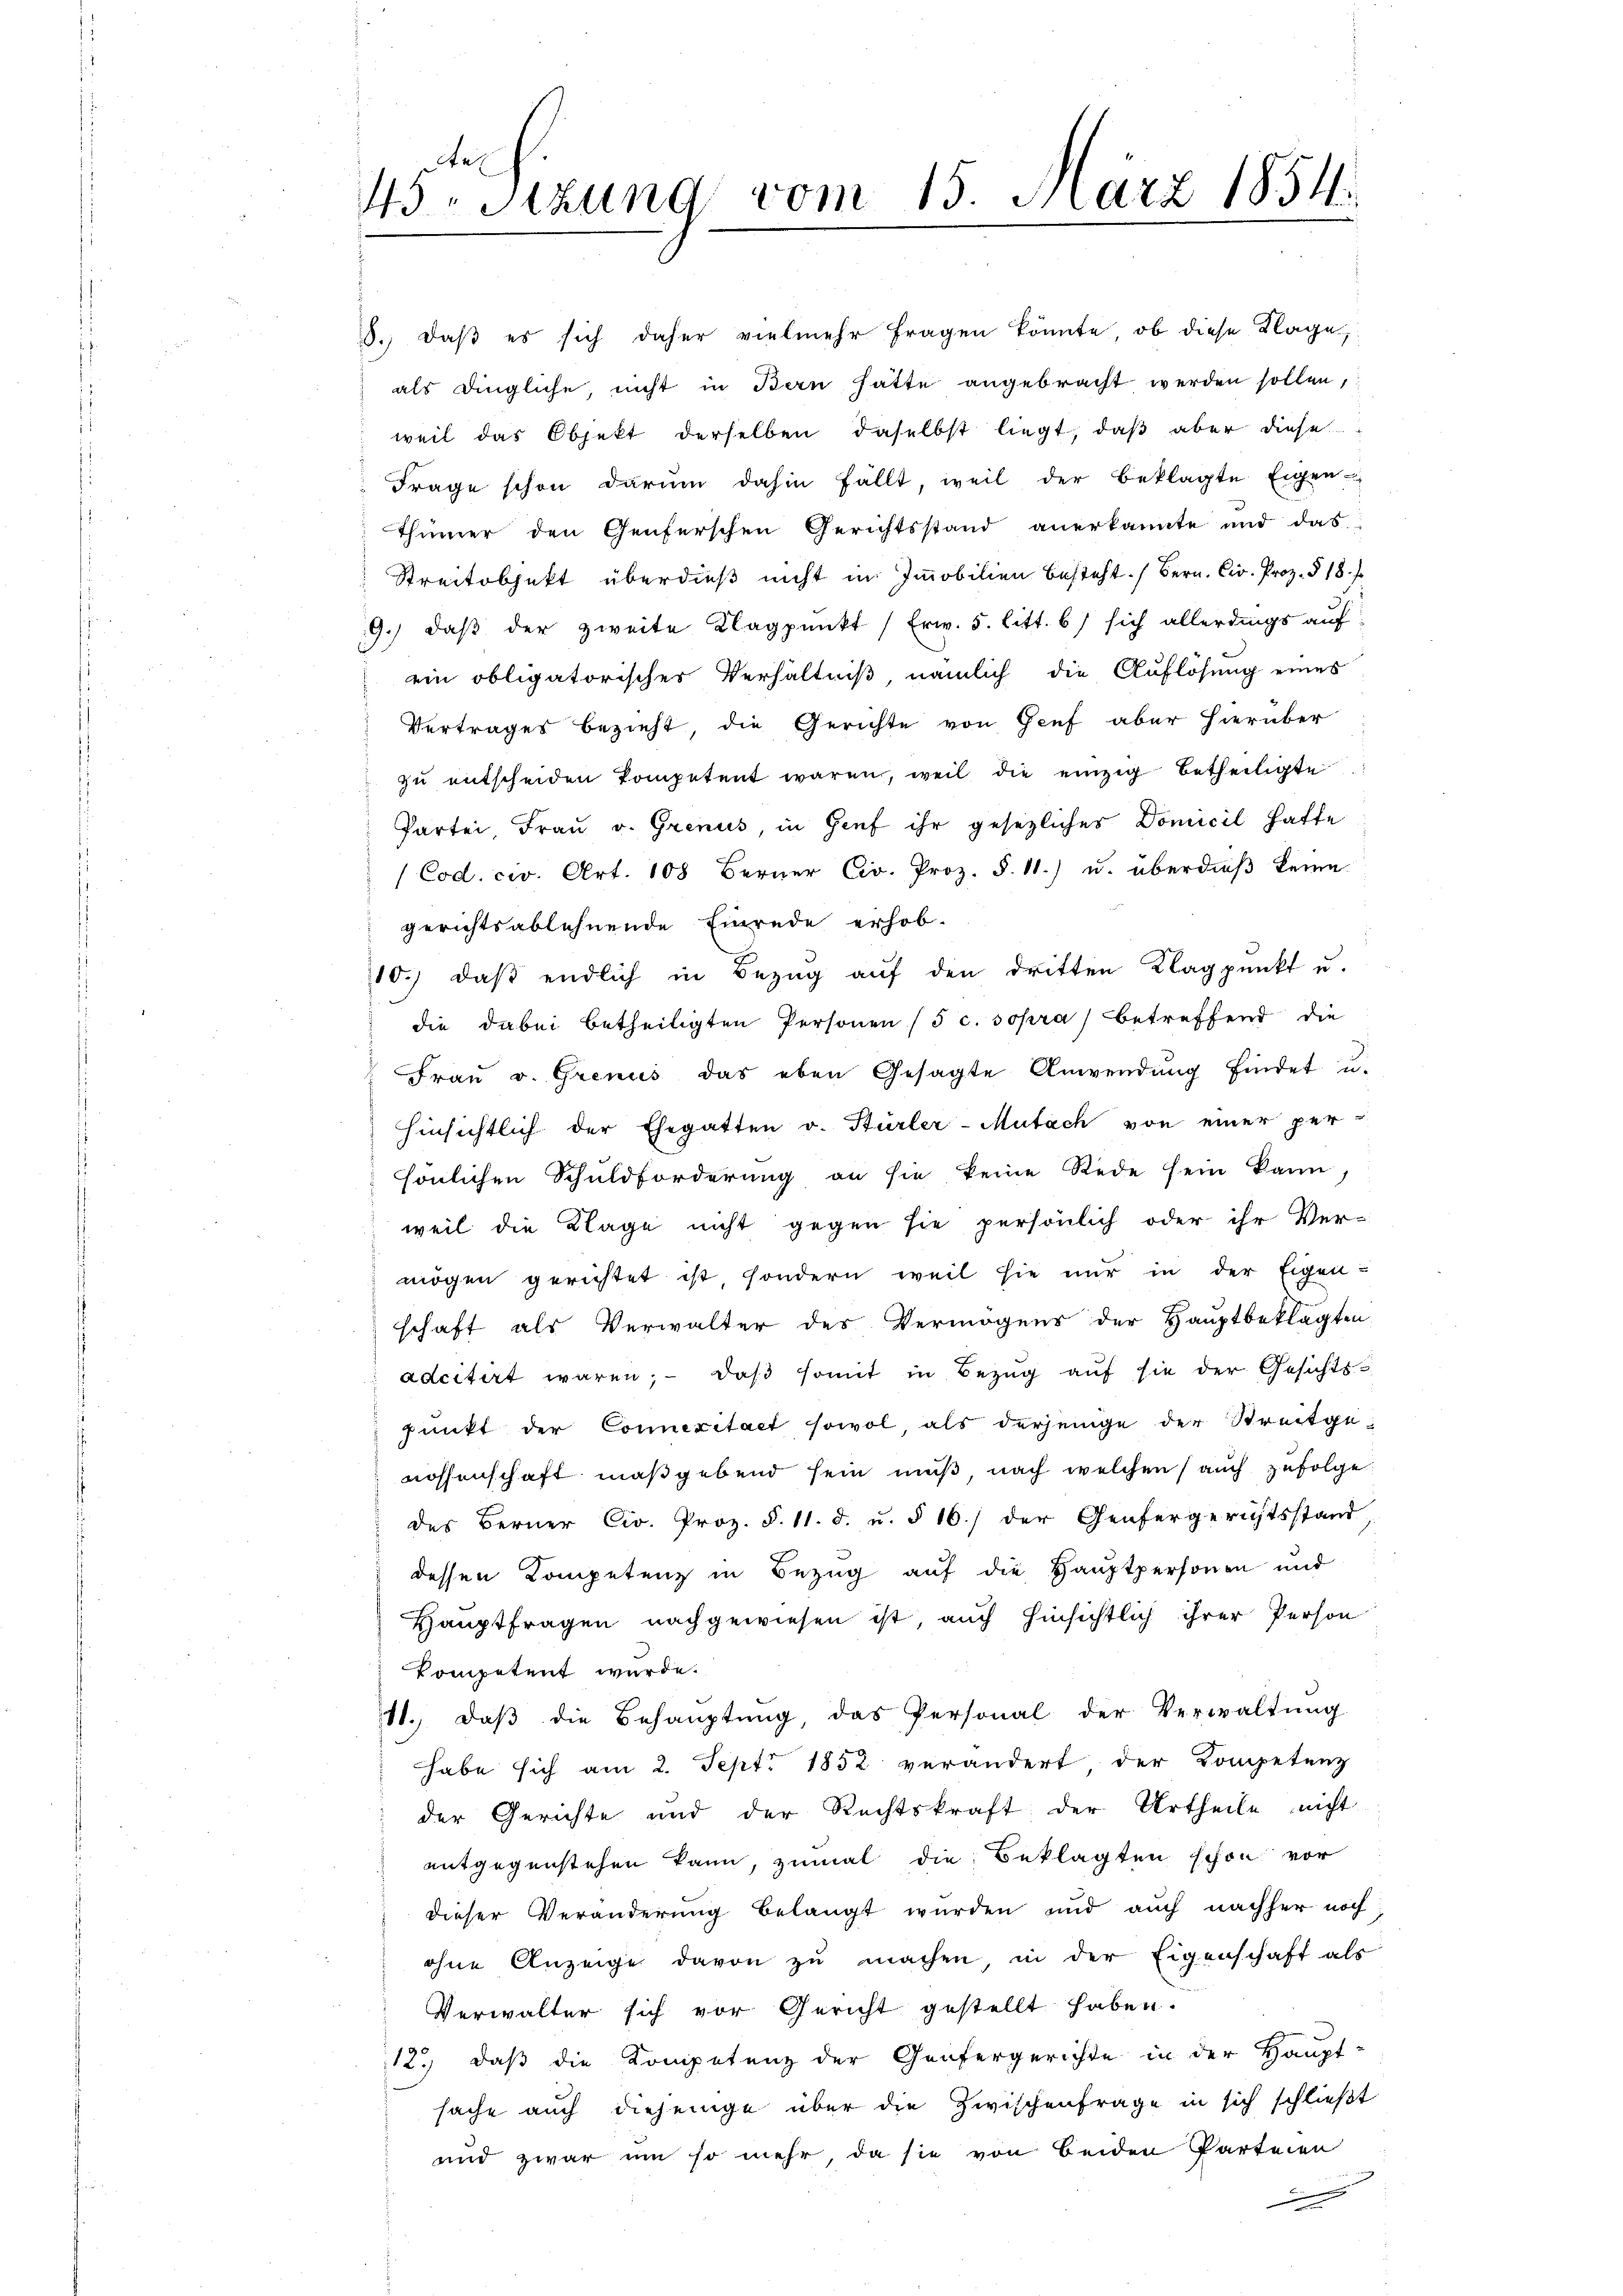
45te Sitzung vom 15. März 1854.
.

8.) daß es sich daher vielmehr fragen könnte, ob diese Klage,
als dingliche, nicht in Bern hätte angebracht werden sollen,
weil das Objekt derselben daselbst liegt, daß aber diese
Frage schon darum dahin fällt, weil der beklagte Eigen-
Thümer den Genferschen Gerichtsstand anerkannte und das
Streitobjekt überdieß nicht in Immobilien besteht. (Bern. Civ. Proz. § 18 f
9.) daβ der zweite Klagpŭnkt (Erw. 5. litt. 6) sich allerdings auf
ein obligatorisches Verhältniß, nämlich die Auflösung eines
Vertrages bezieht, die Gerichte von Genf aber hierüber
zŭ entscheiden kompetent waren, weil die einzig betheiligte
Partei Frau v. Grenus, in Genf ihr gesezliches Domicil hafte
(Cod. civ. Art. 108 Berner Civ. Proz. §. 11.) u. überdieβ keine
gerichtsablehnende Einrede erhob.
10.) daß endlich in Bezug auf den dritten Klagpŭnkt u.
die dabei betheiligten Personen (5 c. sopra) betreffend die
Frau v. Grenus das eben Gesagte Anwendung findet u.
hinsichtlich der Ehegatten v. Hürler-Mutach von einer per-
sönlichen Schuldforderung an sie keine Rede sein kann
weil die Klage nicht gegen sie persönlich oder ihr Ver-
mögen gerichtet ist sondern weil sie nur in der Eigen-
schaft als Verwalter des Vermögens der Hauptbeklagten
adcitirt waren; - daß somit in Bezug auf sie der Gesichts-
Punkt der Connexitaet sowol als derjenige der Streitgenossenschaft maßgebend sein muß, nach welchen (auch zufolge
des Berner Civ. Proz. §. 11. d. u. § 16./ der Genfergerichtsstand
dessen Kompetenz in Bezug auf die Hauptpersonen und
Hauptfragen nachgewiesen ist, auch hinsichtlich ihrer Person
kompetent wurde.
11. daβ die Behauptung das Personal der Verwaltŭng
habe sich am 2. Sept. 1852 verändert der Kompetenz
der Gerichte und der Rechtskraft der Urtheile nicht
entgegenstehen kann, zumal die Beklagten schon vor
dieser Veränderung belangt wurden und auch nachher noch
ohne Anzeige davon zu machen in der Eigenschaft als
Verwalter sich vor Gericht gestellt haben.
12.) daß die Kompetenz der Genfergerichte in der Haupt-
sache auch diejenige über die Zwischenfrage in sich schließt
und zwar um so mehr, da sie von beiden Parteien
F